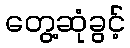
တွေ့ဆုံခွင့်